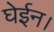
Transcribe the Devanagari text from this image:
घेईन।